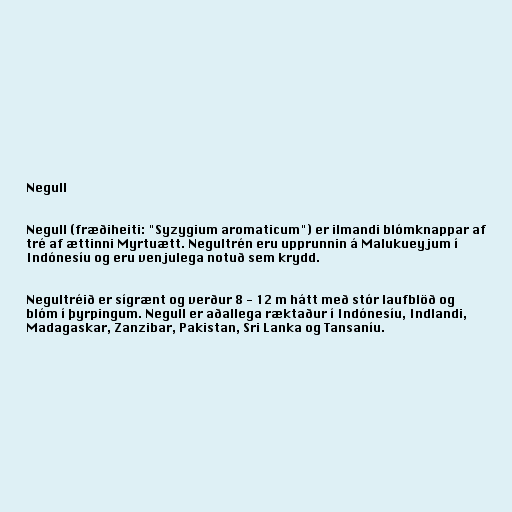
Negull

Negull (fræðiheiti: "Syzygium aromaticum") er ilmandi blómknappar af
tré af ættinni Myrtuætt. Negultrén eru upprunnin á Malukueyjum í
Indónesíu og eru venjulega notuð sem krydd.

Negultréið er sígrænt og verður 8 - 12 m hátt með stór laufblöð og
blóm í þyrpingum. Negull er aðallega ræktaður í Indónesíu, Indlandi,
Madagaskar, Zanzibar, Pakistan, Sri Lanka og Tansaníu.